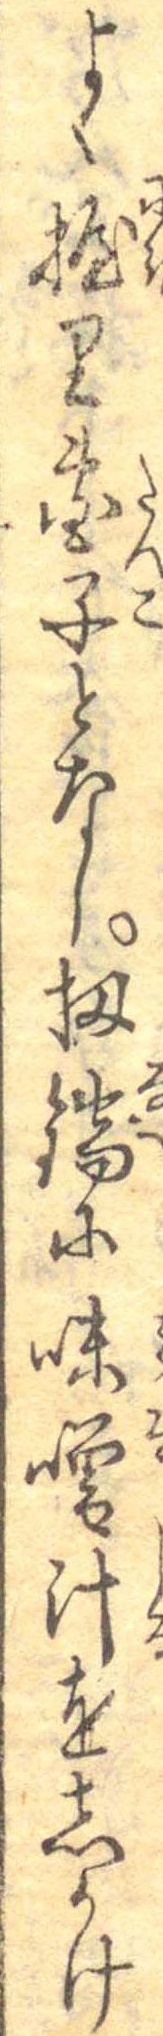
よく握り団子となし扨鍋に味噌汁をしかけ